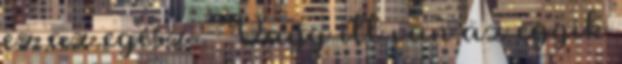
ez az egész . Vagy itt van az egyik